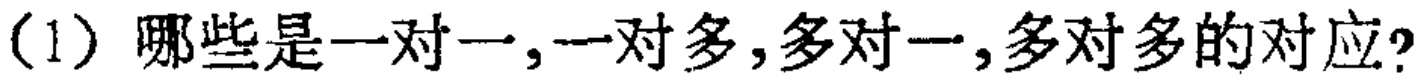
(1) 哪些是一对一,一对多,多对一,多对多的对应?